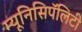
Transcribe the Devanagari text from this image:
म्यूनिसिपॅलिटी